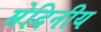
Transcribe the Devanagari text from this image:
मेदिनीय